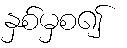
နှစ်မှစ၍